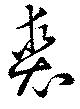
裘